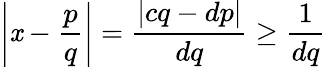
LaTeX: \left|\mathit{x}-{\frac{{p}}{{q}}}\right|={\frac{{|cq-dp|}}{{dq}}}\geq{\frac{{1}}{{dq}}}